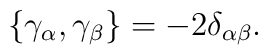
\{\gamma _\alpha ,\gamma _\beta \}=-2\delta _{\alpha \beta }.